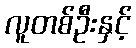
လူတစ်ဦးနှင့်